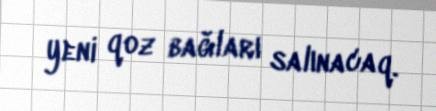
yeni qoz bağları salınacaq.